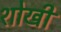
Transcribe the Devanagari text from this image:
शोखी